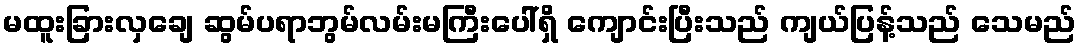
မထူးခြားလှချေ ဆွမ်ပရာဘွမ်လမ်းမကြီးပေါ်ရှိ ကျောင်းပြီးသည် ကျယ်ပြန့်သည် သေမည်